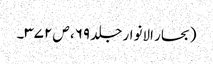
(بحار الانوار جلد ۶۹، ص ۳۷۲۔